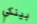
بينكي